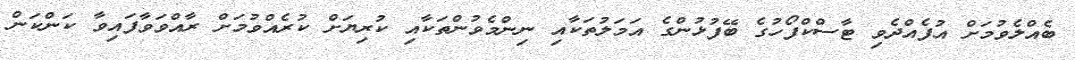
ބެއްލެވުމަށް އުފެއްދެވި ޓާސްކްފޯހުގެ ބޭފުޅުންގެ އަމަލުތަކާއި ނިންމެވުންތަކާއި ކުރިޔަށް ކުރެއްވުމަށް ރާއްވަވާފައިވާ ކަންކަން